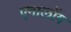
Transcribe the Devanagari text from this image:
एनालोंग